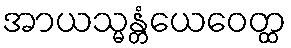
အာယသ္မန္တံယေဝေတ္ထ